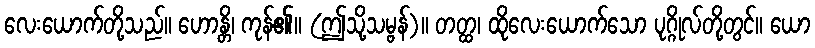
လေးယောက်တို့သည်။ ဟောန္တိ၊ ကုန်၏။ (ဤသို့သမ္ဗန်)။ တတ္ထ၊ ထိုလေးယောက်သော ပုဂ္ဂိုလ်တို့တွင်။ ယော